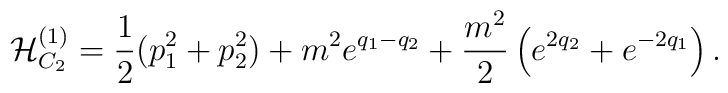
{\cal H}_{C_2}^{(1)}={1\over2}(p_1^2+p_2^2)+m^2e^{q_1-q_2}   +{m^2\over2}\left(e^{2q_2}+e^{-2q_1}\right).